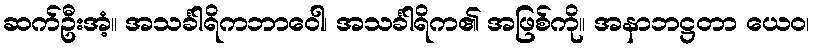
ဆက်ဦးအံ့။ အသင်္ခါရိကဘာဝေါ၊ အသင်္ခါရိက၏ အဖြစ်ကို။ အနာဘဋ္ဌတာ ယေဝ၊